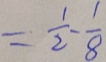
= \frac { 1 } { 2 } - \frac { 1 } { 8 }